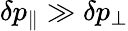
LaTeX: \delta p_{\| }\gg\delta p_{\perp}